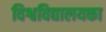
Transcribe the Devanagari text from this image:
विश्वविद्यालयका